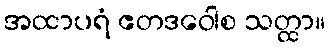
အထာပရံ ဧတဒဝေါစ သတ္ထာ။